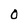
Character: O